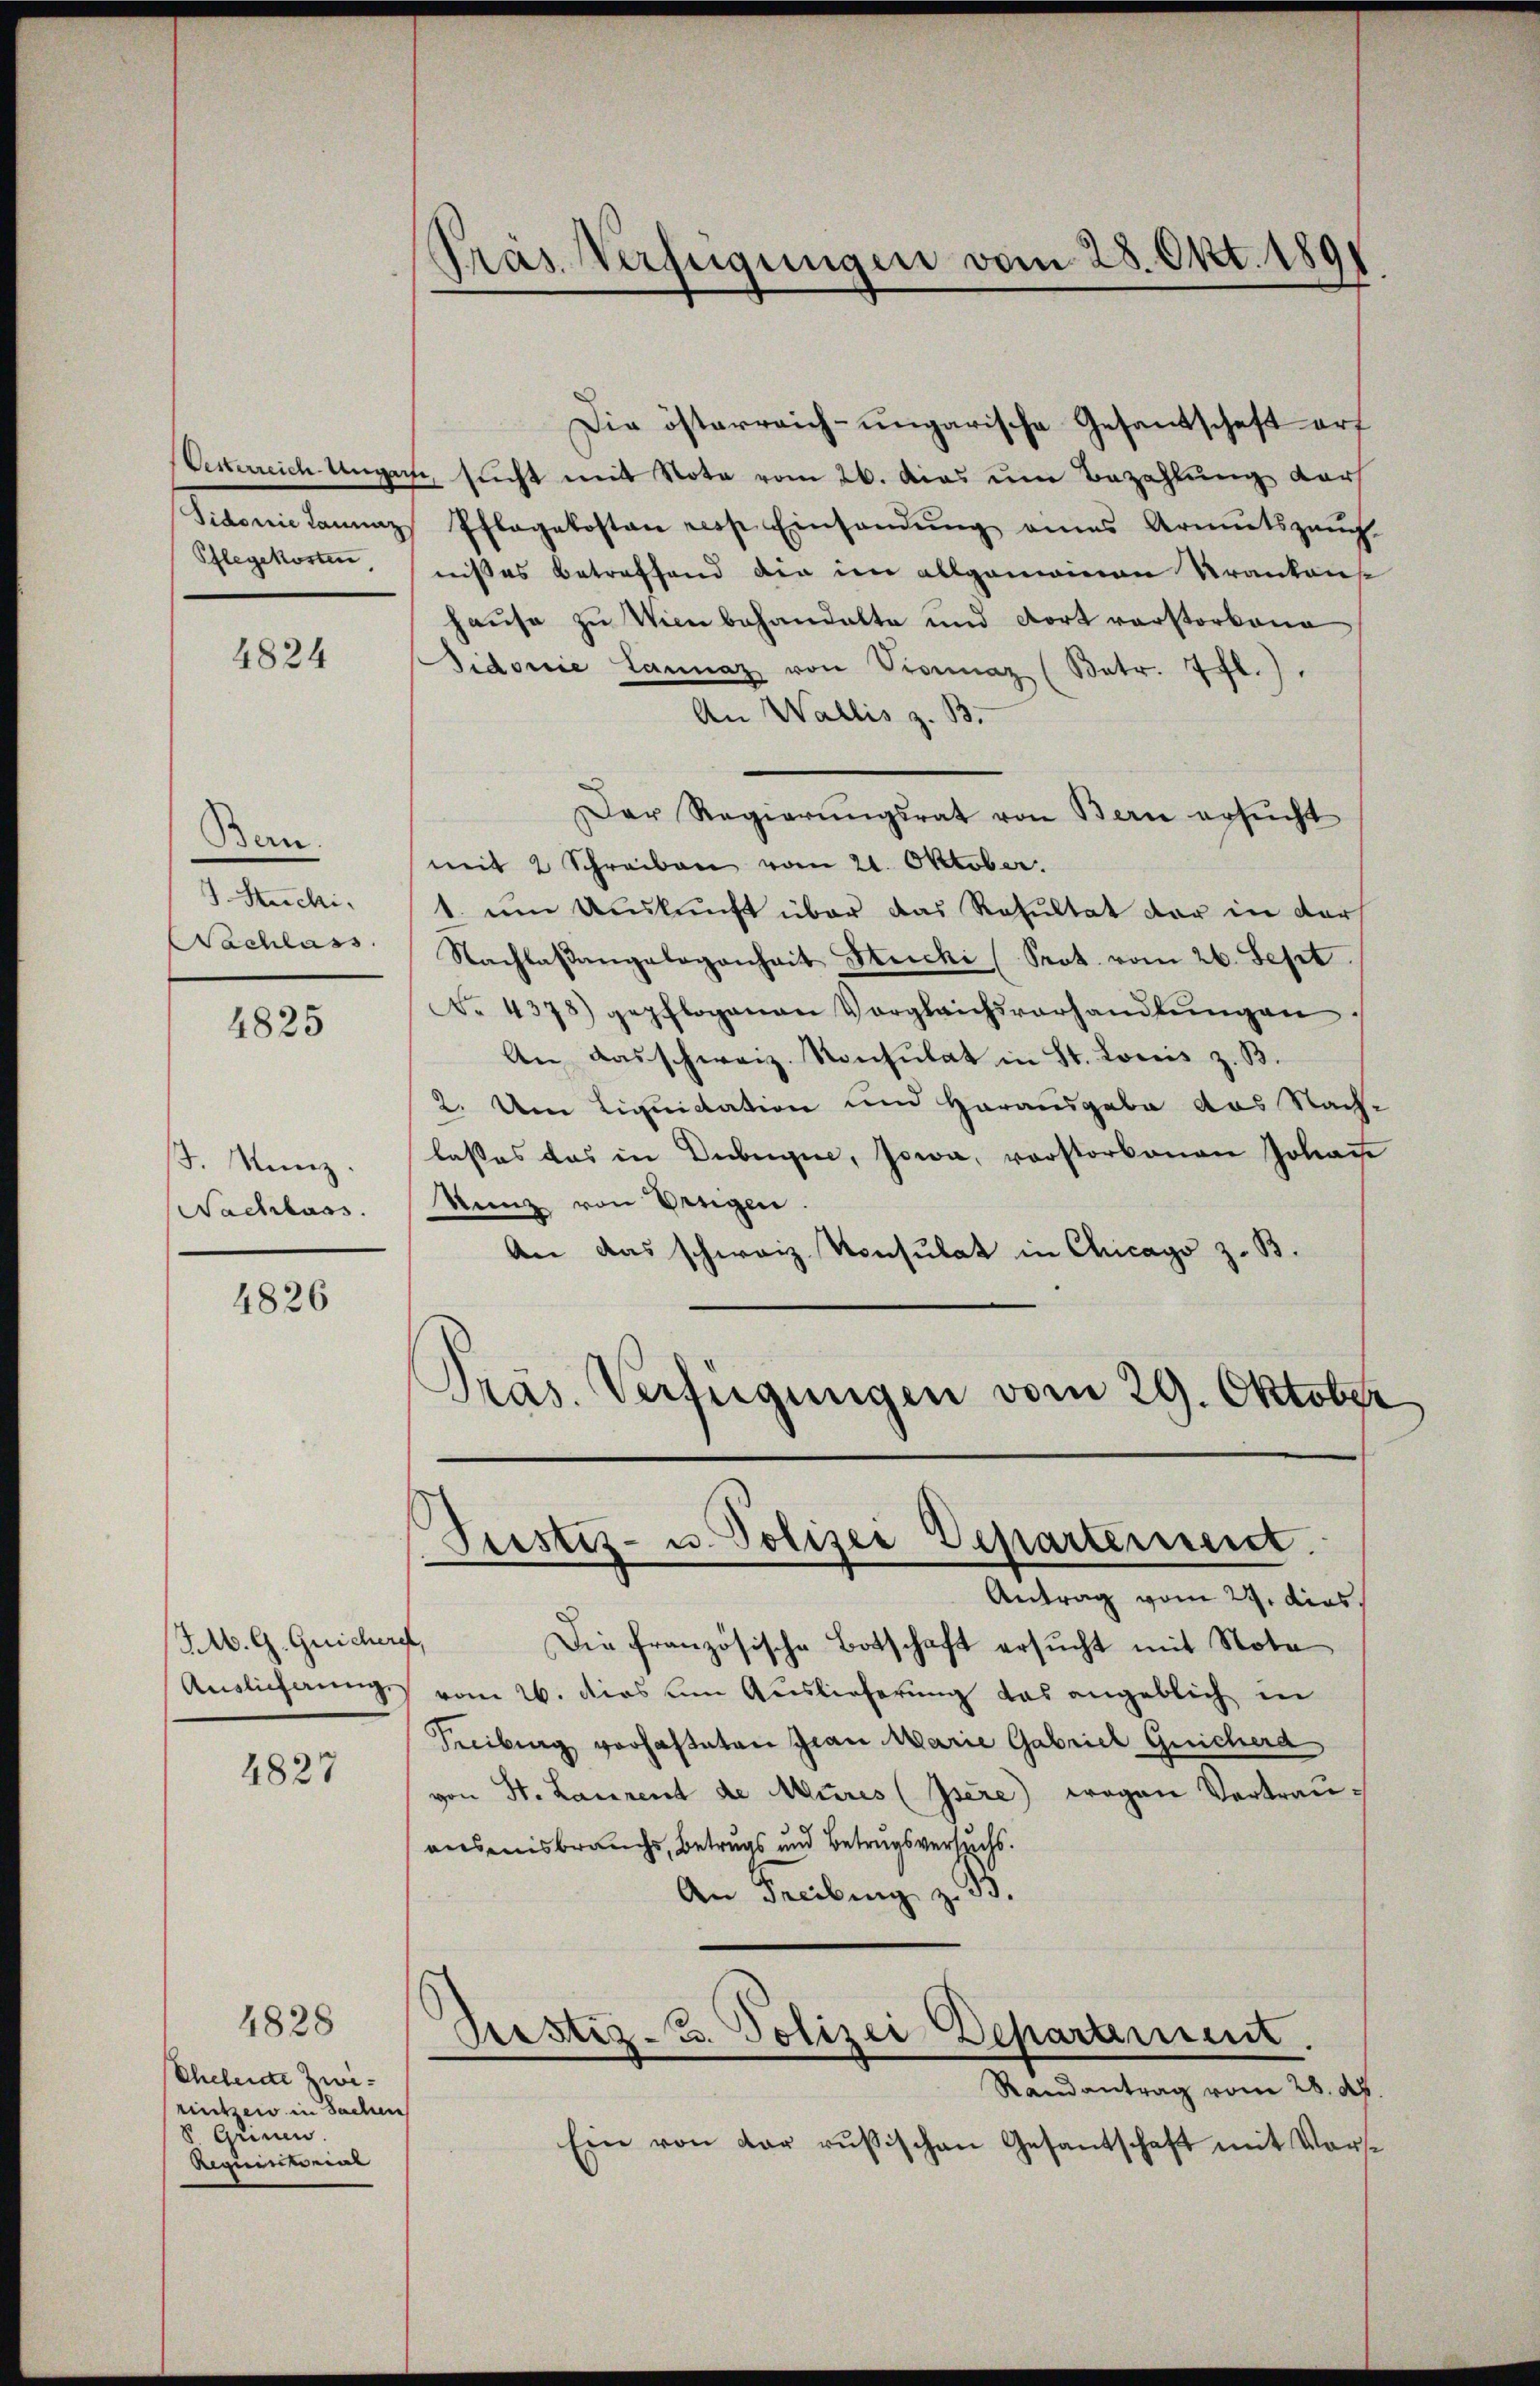
ekerreich Unger
Pflegekosten,

4824

Bern.
J. Stucki.
Wachlass

4825

F. Nunz.
Nachlass.

4826

(MM. G. Quichers
Auslieferung.

4827

4828
Ehelende Zwirintzer in Sachen
Grinen.
Requemeine

Präs. Verfügungen vom 28. Okt. 1891

t sucht mit Note vom 26. das um Bezahlung darf
Sidonie Lannaz, Pflagekosten resp. Einsandŭng eines Armutszaŭch
nisses Betreffend die im allgemeinen Krankons
hause zu Wienbehandelte und dort verstorbene
Fidorie Lannaz von Vornaz (Betr. 7 fl.),
An Wallis z. B.
Der Regierŭngsrat von Bern ersŭcht
mit 2 Schreiben vom 21. Oktober.
1. um Auskunft über das Resultat der in der
Nachlaβangelegenheit Stucki (Srot. vom 26. Sept.
No. 4378) gepflogenen Vergleichsverhandlŭngen
An das schweiz. Konsulat in St. Loris z. B.
2. Um Liquidation und Herausgabe das Nachlasses das in Düben, sowa, vorstorbenen Johanne
Kunz von Verigen
An das schweiz. Konsulat in Chicago z. B.
Präs. Verfügungen vom 29. Oktober

Justiz- u. Polizei Departement.

Antrag vom 27. dies
e
Die französische Botschaft ersucht mit Nota
vom 26. dies um Auslieferung das angeblich in
Freibung vorhalteten Grau Marie Gabrich Geicherd
von St. Laurent de Mures (Isère) wegen Vertrauausisbrauchs, Betrugs und Betrugsversuchs.
An Freibung z. 55.
Grestigt. Polizei Departement.
Randantrag vom 28. Ap
Ein von der russischen Gesantschaft mit Vors¬

Die österreich-ungarische Gesantschaft erf